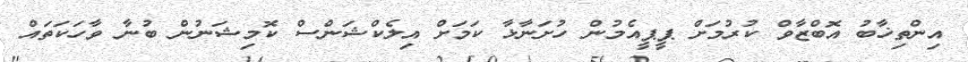
އިންތިޚާބު އޮބްޒާވް ކުރުމަށް ޕީޕީއެމުން ހުށަނާޅާ ކަމަށް އިލެކްޝަންސް ކޮމިޝަނުން ބުނާ ވާހަކަތައް